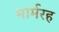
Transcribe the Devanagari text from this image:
मार्मरह